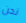
نحن